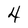
Character: 4